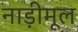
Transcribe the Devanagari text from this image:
नाड़ीमूल